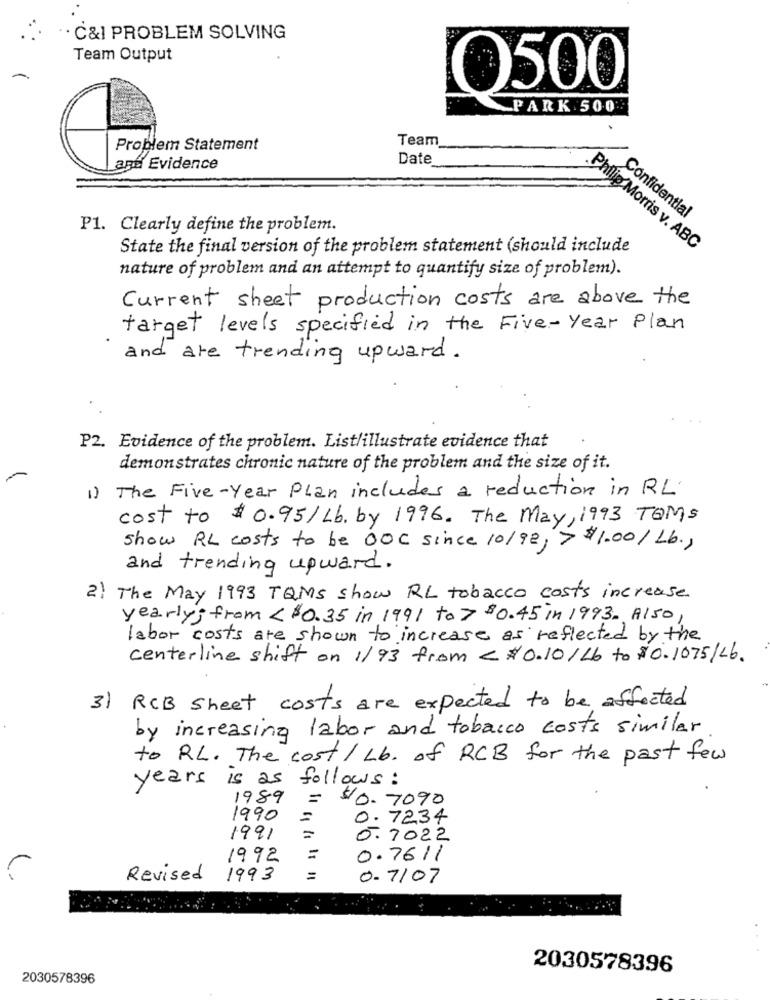
· C&I PROBLEM SOLVING
Team Output
O500
PARK 500
Team
Problem Statement
Date
age Evidence
Confidential
P1. Clearly define the problem.
State the final version of the problem statement (should include
Philip Morris v. ABC
nature of problem and an attempt to quantify size of problem).
Current sheet production costs are above the
target levels specified in the Five - Year Plan
and are trending upward .
P2. Evidence of the problem. Listlillustrate evidence that
demonstrates chronic nature of the problem and the size of it.
1 ) The Five - Year Plan includes a reduction in RL
cost to $0.95/ Lb. by 1996. The May, 1993 TOMs
show RL costs to be OOC since 10/98, > $1.00/ Lb .,
and trending upward .
2) The May 1993 TQMs show RL tobacco costs increase.
yearly; from < $0.35 in 1991 to 7 $0.45 in 1993. Also,
labor costs are shown to increase as reflected by the
centerline shift on 1/93 from < #0.10/ Lb to $0. 1075/Lb.
3) RCB Sheet costs are expected to be affected
by increasing labor and tobacco costs similar
to RL. The cost / Lb. of RCB for the past few
years is as follows:
1989
=
$10.7090
1990
=
0.7234
1991
=
0. 7022
1992
=
0.7611
Revised
1993
0-7/07
2030578396
2030578396